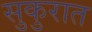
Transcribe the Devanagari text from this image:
सुकुरात